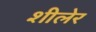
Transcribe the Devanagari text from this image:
शीलेर